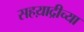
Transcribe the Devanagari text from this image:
सहय़ाद्रीच्या